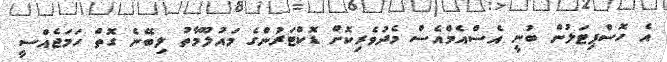
އެ ހޮސްޕިޓަލުން ބުނީ އެސްއެމްއެސް މެދުވެރިކޮށް ޑޮކްޓަރުންގެ މައުލޫމާތު ލިބޭނެ ގޮތް ހަމަޖެއްސީ